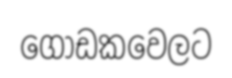
ගොඩකවෙලට